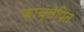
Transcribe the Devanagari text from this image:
काच्लेपित